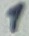
Text: 1